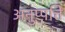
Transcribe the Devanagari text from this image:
अनुप्पत्ति